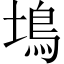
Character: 䲧